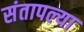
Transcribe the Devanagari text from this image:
संतापल्या